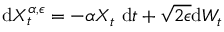
\mathrm { d } X _ { t } ^ { \alpha , \epsilon } = - \alpha X _ { t } \mathrm { ~ d } t + \sqrt { 2 \epsilon } \mathrm { d } W _ { t }